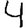
Digit: 4